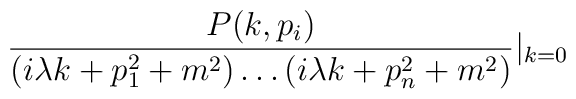
\frac{P(k,p_i)}{(i \lambda k+p_1^2+m^2) \ldots (i\lambda k+p_n^2+m^2)}|_{k=0}